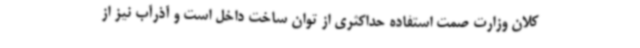
کلان وزارت صمت استفاده حداکثری از توان ساخت داخل است و آذرآب نیز از